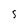
Character: 5